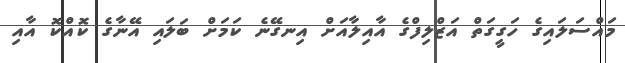
މައްސަލައިގެ ހަގީގަތް އަޒްލިފްގެ އާއިލާއަށް އިނގޭނެ ކަމަށް ބަލައި އޭނާގެ ކޮއްކޮ އާއި